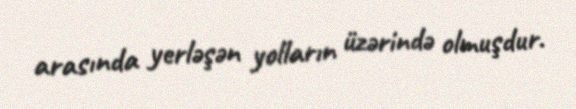
arasında yerləşən yolların üzərində olmuşdur.